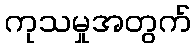
ကုသမှုအတွက်